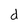
Character: d